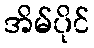
အိမ်ပိုင်